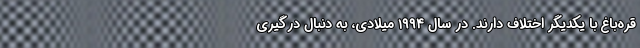
قره‌باغ با یکدیگر اختلاف دارند. در سال ۱۹۹۴ میلادی، به دنبال درگیری